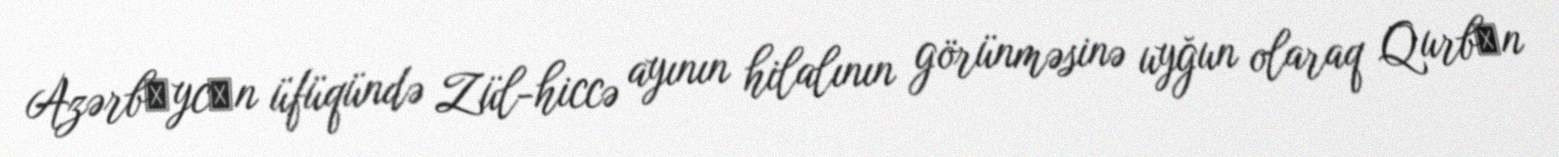
Azərbаycаn üfüqündə Zül-hiccə ayının hilalının görünməsinə uyğun olaraq Qurbаn